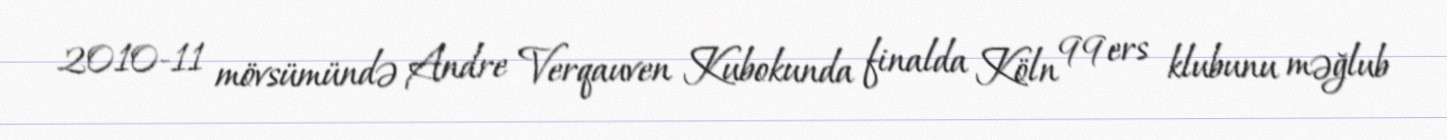
2010-11 mövsümündə Andre Verqauven Kubokunda finalda Köln 99ers klubunu məğlub